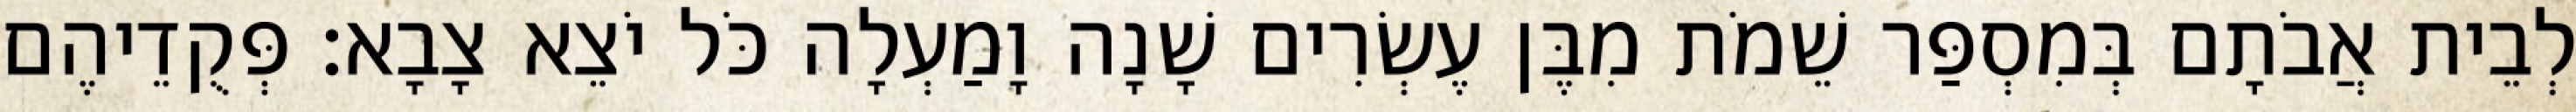
לְבֵית אֲבֹתָם בְּמִסְפַּר שֵׁמֹת מִבֶּן עֶשְׂרִים שָׁנָה וָמַעְלָה כֹּל יֹצֵא צָבָא׃ פְּקֻדֵיהֶם